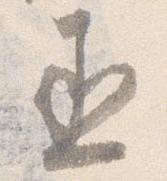
丞